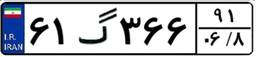
۶۱گ۳۶۶۹۱